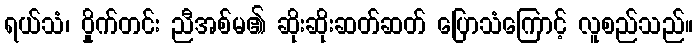
ရယ်သံ၊ ဝှိုက်တင်း ညီအစ်မ၏ ဆိုးဆိုးဆတ်ဆတ် ပြောသံကြောင့် လူစည်သည်။